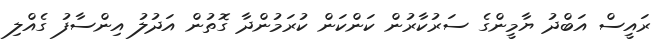
ރައީސް އަބްދު ޔާމީންގެ ސަރުކާރުން ކަންކަން ކުރަމުންދާ ގޮތުން އަދުލު އިންސާފު ގެއްލި